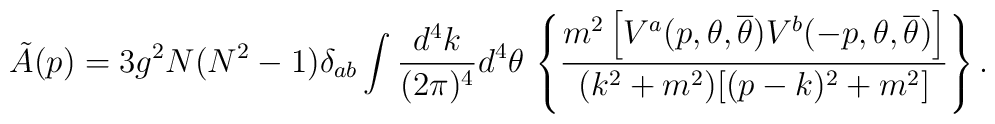
\tilde{A}(p) = 3 g^{2}N(N^{2}-1)\delta_{ab}  \int 	\frac{d^{4}k}{(2\pi)^{4}} d^{4}\theta  \, \left\{	\frac{m^{2}\left[ V^{a}(p,\theta,{\overline\theta}) 	V^{b}(-p,\theta,{\overline\theta})\right]}	{(k^{2}+m^{2})[(p-k)^{2}+m^{2}]} \right\} .